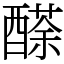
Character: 𨢬